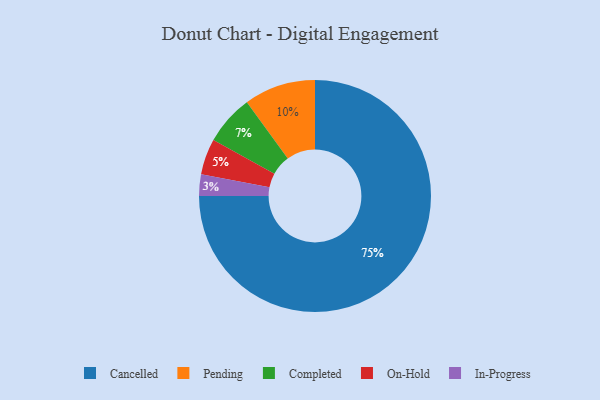
{"axis": {"x": "Category", "y": "Percentage"}, "legend": ["Cancelled", "Completed", "In-Progress", "On-Hold", "Pending"], "data": [{"x": "In-Progress", "y": 3, "type": "In-Progress"}, {"x": "Completed", "y": 7, "type": "Completed"}, {"x": "Pending", "y": 10, "type": "Pending"}, {"x": "Cancelled", "y": 75, "type": "Cancelled"}, {"x": "On-Hold", "y": 5, "type": "On-Hold"}]}